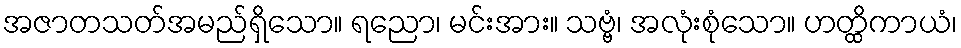
အဇာတသတ်အမည်ရှိသော။ ရညော၊ မင်းအား။ သဗ္ဗံ၊ အလုံးစုံသော။ ဟတ္ထိကာယံ၊